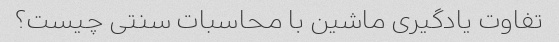
تفاوت یادگیری ماشین با محاسبات سنتی چیست؟